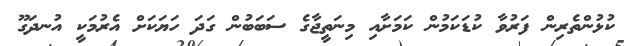
ކުޅުންތެރިން ފަރުވާ ކުޑަކަމުން ކަމަށާއި މިނަތީޖާގެ ސަބަބުން ގަދަ ހަޔަކަށް އެރުމަކީ އުނދަގޫ